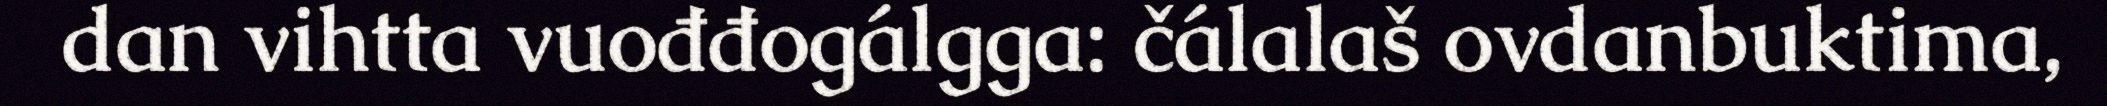
dan vihtta vuođđogálgga: čálalaš ovdanbuktima,